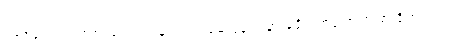
၁၉၆၄ က ထုတ်တဲ့ အတွဲ ၉ မှာ ပါတဲ့ မေယုနယ်ခြားခရိုင် အကြောင်းမှာ ရိုဟင်ဂျာ